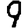
Digit: 9